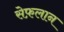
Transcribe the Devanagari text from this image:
सेफ़लान